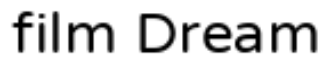
film Dream